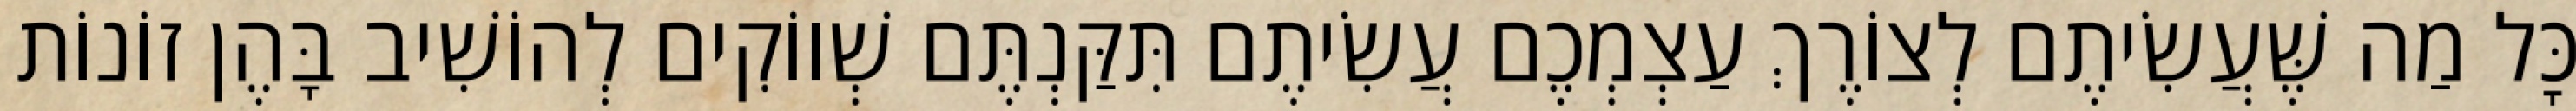
כׇּל מַה שֶּׁעֲשִׂיתֶם לְצוֹרֶךְ עַצְמְכֶם עֲשִׂיתֶם תִּקַּנְתֶּם שְׁווֹקִים לְהוֹשִׁיב בָּהֶן זוֹנוֹת